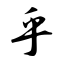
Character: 乎